Standards of the constituents of the urine and blood and the bearing of the metabolism of Bengalis on the problems of nutrition - Number 34
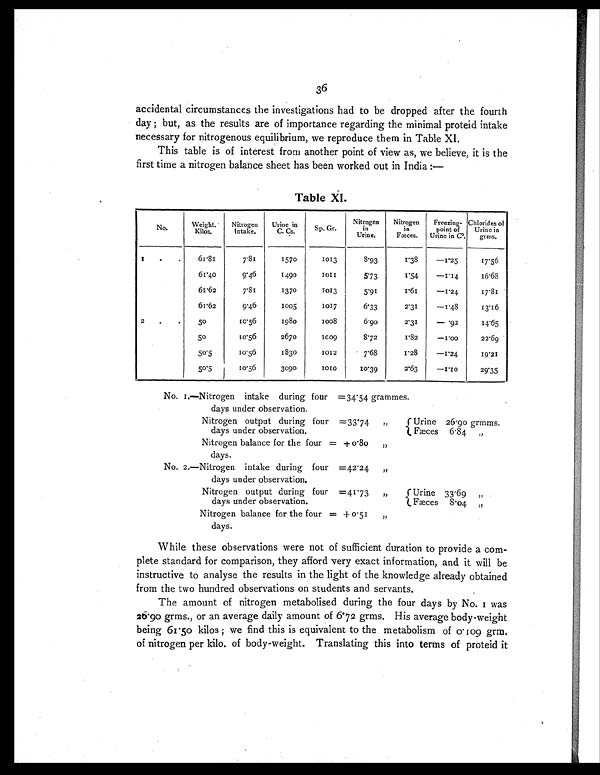
36
accidental circumstances the investigations had to be dropped after the fourth
day ; but, as the results are of importance regarding the minimal proteid intake
necessary for nitrogenous equilibrium, we reproduce them in Table XI.
This table is of interest from another point of view as, we believe, it is the
first time a nitrogen balance sheet has been worked out in India
:—
No.
Weight.
Kilos.
Nitrogen
intake.
Urine in
C. Cs.
Sp. Gr.
Nitrogen
in
Urine.
Nitrogen
in
Færces.
Freezing-
point of
Urine in C°.
Chlorides of
Uri ne i n
grms.
1
.
.
61.81
7.81
1570
1013
8.93
1.38
—1.25
17.56
61.40
9.46
1490
1 0 1 1
5.73
1.54
—1.14
16.68
61.62
7.81
1370
1013
5.91
1.61
—1.24
17.81
61.62
9.46
1005
1017
6.33
2.31
—1.48
13.16
2
.
.
50
10.56
1980
1008
6.90
2.31
—.92
14.65
50
10.56
2670
1009
8.72
1.82
—1.00
22.69
50.5
10.56
1830
1012
7.68
1.28
—1.24
19.21
50.5
10.56
3090
1 0 1 0
10.39
2.63
—1.10
29.35
No. 1.—Nitrogen intake during four =34.54 grammes.
days under observation.
Nitrogen output during four =33.74 „
days under observation.
Urine 26.90 grmms.
Fæces 6.84 „
Nitrogen balance for the four = +0.80 „
days.
No. 2.—Nitrogen intake during four =42.24 „
days under observation.
Nitrogen output during four =41.73 „
days under observation.
Urine 33.69 „
Fæces 8.04 „
Nitrogen balance for the four = + 0.51 „
days.
While these observations were not of sufficient duration to provide a com-
plete standard for comparison, they afford very exact information, and it will be
instructive to analyse the results in the light of the knowledge already obtained
from the two hundred observations on students and servants.
The amount of nitrogen metabolised during the four days by No. 1 was
26.90 grms., or an average daily amount of 6.72 grms. His average body-weight
being 61.50 kilos ; we find this is equivalent to the metabolism of 0.109 grm.
of nitrogen per kilo. of body-weight. Translating this into terms of proteid it